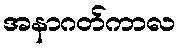
အနာဂတ်ကာလ